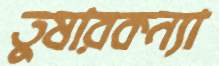
তুষারকন্যা